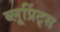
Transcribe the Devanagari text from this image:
ब्लूप्रिंट्स